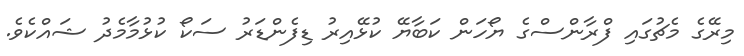
މިރޭގެ މެޗުގައި ފްރާންސްގެ ޔޯހަން ކަބާޔޭ ކުޅޭއިރު ޑިފެންޑަރު ސަކޯ ކުޅުމާމެދު ޝައްކެވެ.